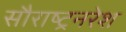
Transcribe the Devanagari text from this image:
सौराष्ट्रनरेश